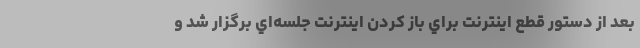
بعد از دستور قطع اينترنت براي باز كردن اينترنت جلسه‌اي برگزار شد و